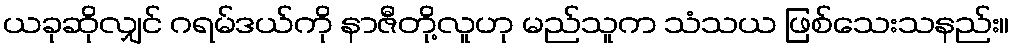
ယခုဆိုလျှင် ဂရမ်ဒယ်ကို နာဇီတို့လူဟု မည်သူက သံသယ ဖြစ်သေးသနည်း။